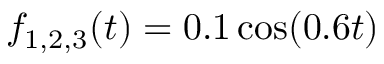
f _ { 1 , 2 , 3 } ( t ) = 0 . 1 \cos ( 0 . 6 t )